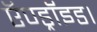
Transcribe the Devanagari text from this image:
ऍण्ड्रॉइड।